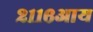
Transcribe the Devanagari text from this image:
२११६आय